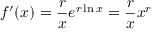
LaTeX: f ^ { \prime } ( x ) = { \frac { r } { x } } e ^ { r \ln x } = { \frac { r } { x } } x ^ { r }